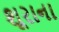
શૂરાના